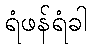
ရံဖန်ရံခါ